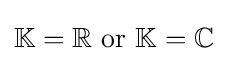
\mathbb {K} =\mathbb {R} {\text{ or }}\mathbb {K} =\mathbb {C}